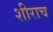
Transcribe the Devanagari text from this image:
शीराच